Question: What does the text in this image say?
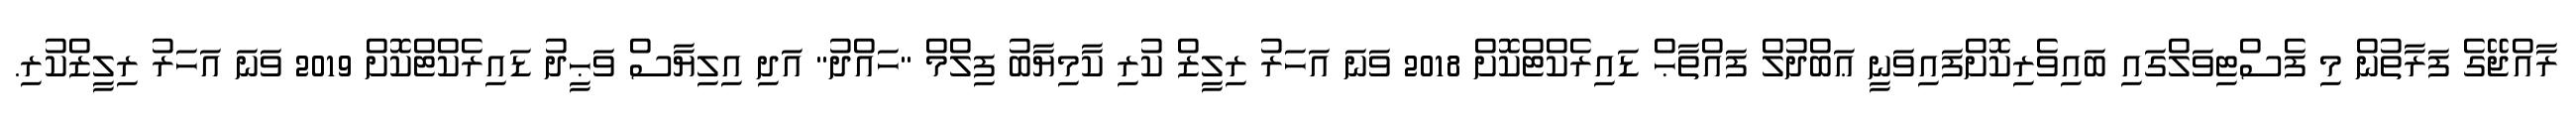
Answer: ރާއްޖޭގެ ފަރާތުން މި ފެސްޓިވަލްގައި ބައިވެރިކޮށްފައިވަނީ ޢަބްދުލް ފައްތާޙް ޑައިރެކްޓްކޮށް 2018 ވަނަ އަހަރު ރިލީޒް ކުރި ކާމިޔާބު ފިލްމް "ހައްދު" އަދި އިލިޔާސް ވަޙީދު ޑައިރެކްޓްކޮށް 2019 ވަނަ އަހަރު ރިލީޒްކުރި.